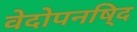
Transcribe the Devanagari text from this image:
वेदोपनषि्द